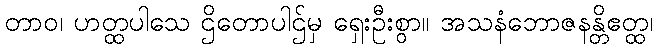
တာဝ၊ ဟတ္ထပါသေ ဌိတောပါဌ်မှ ရှေးဦးစွာ။ အသနံဘောဇနန္တိဧတ္ထ၊